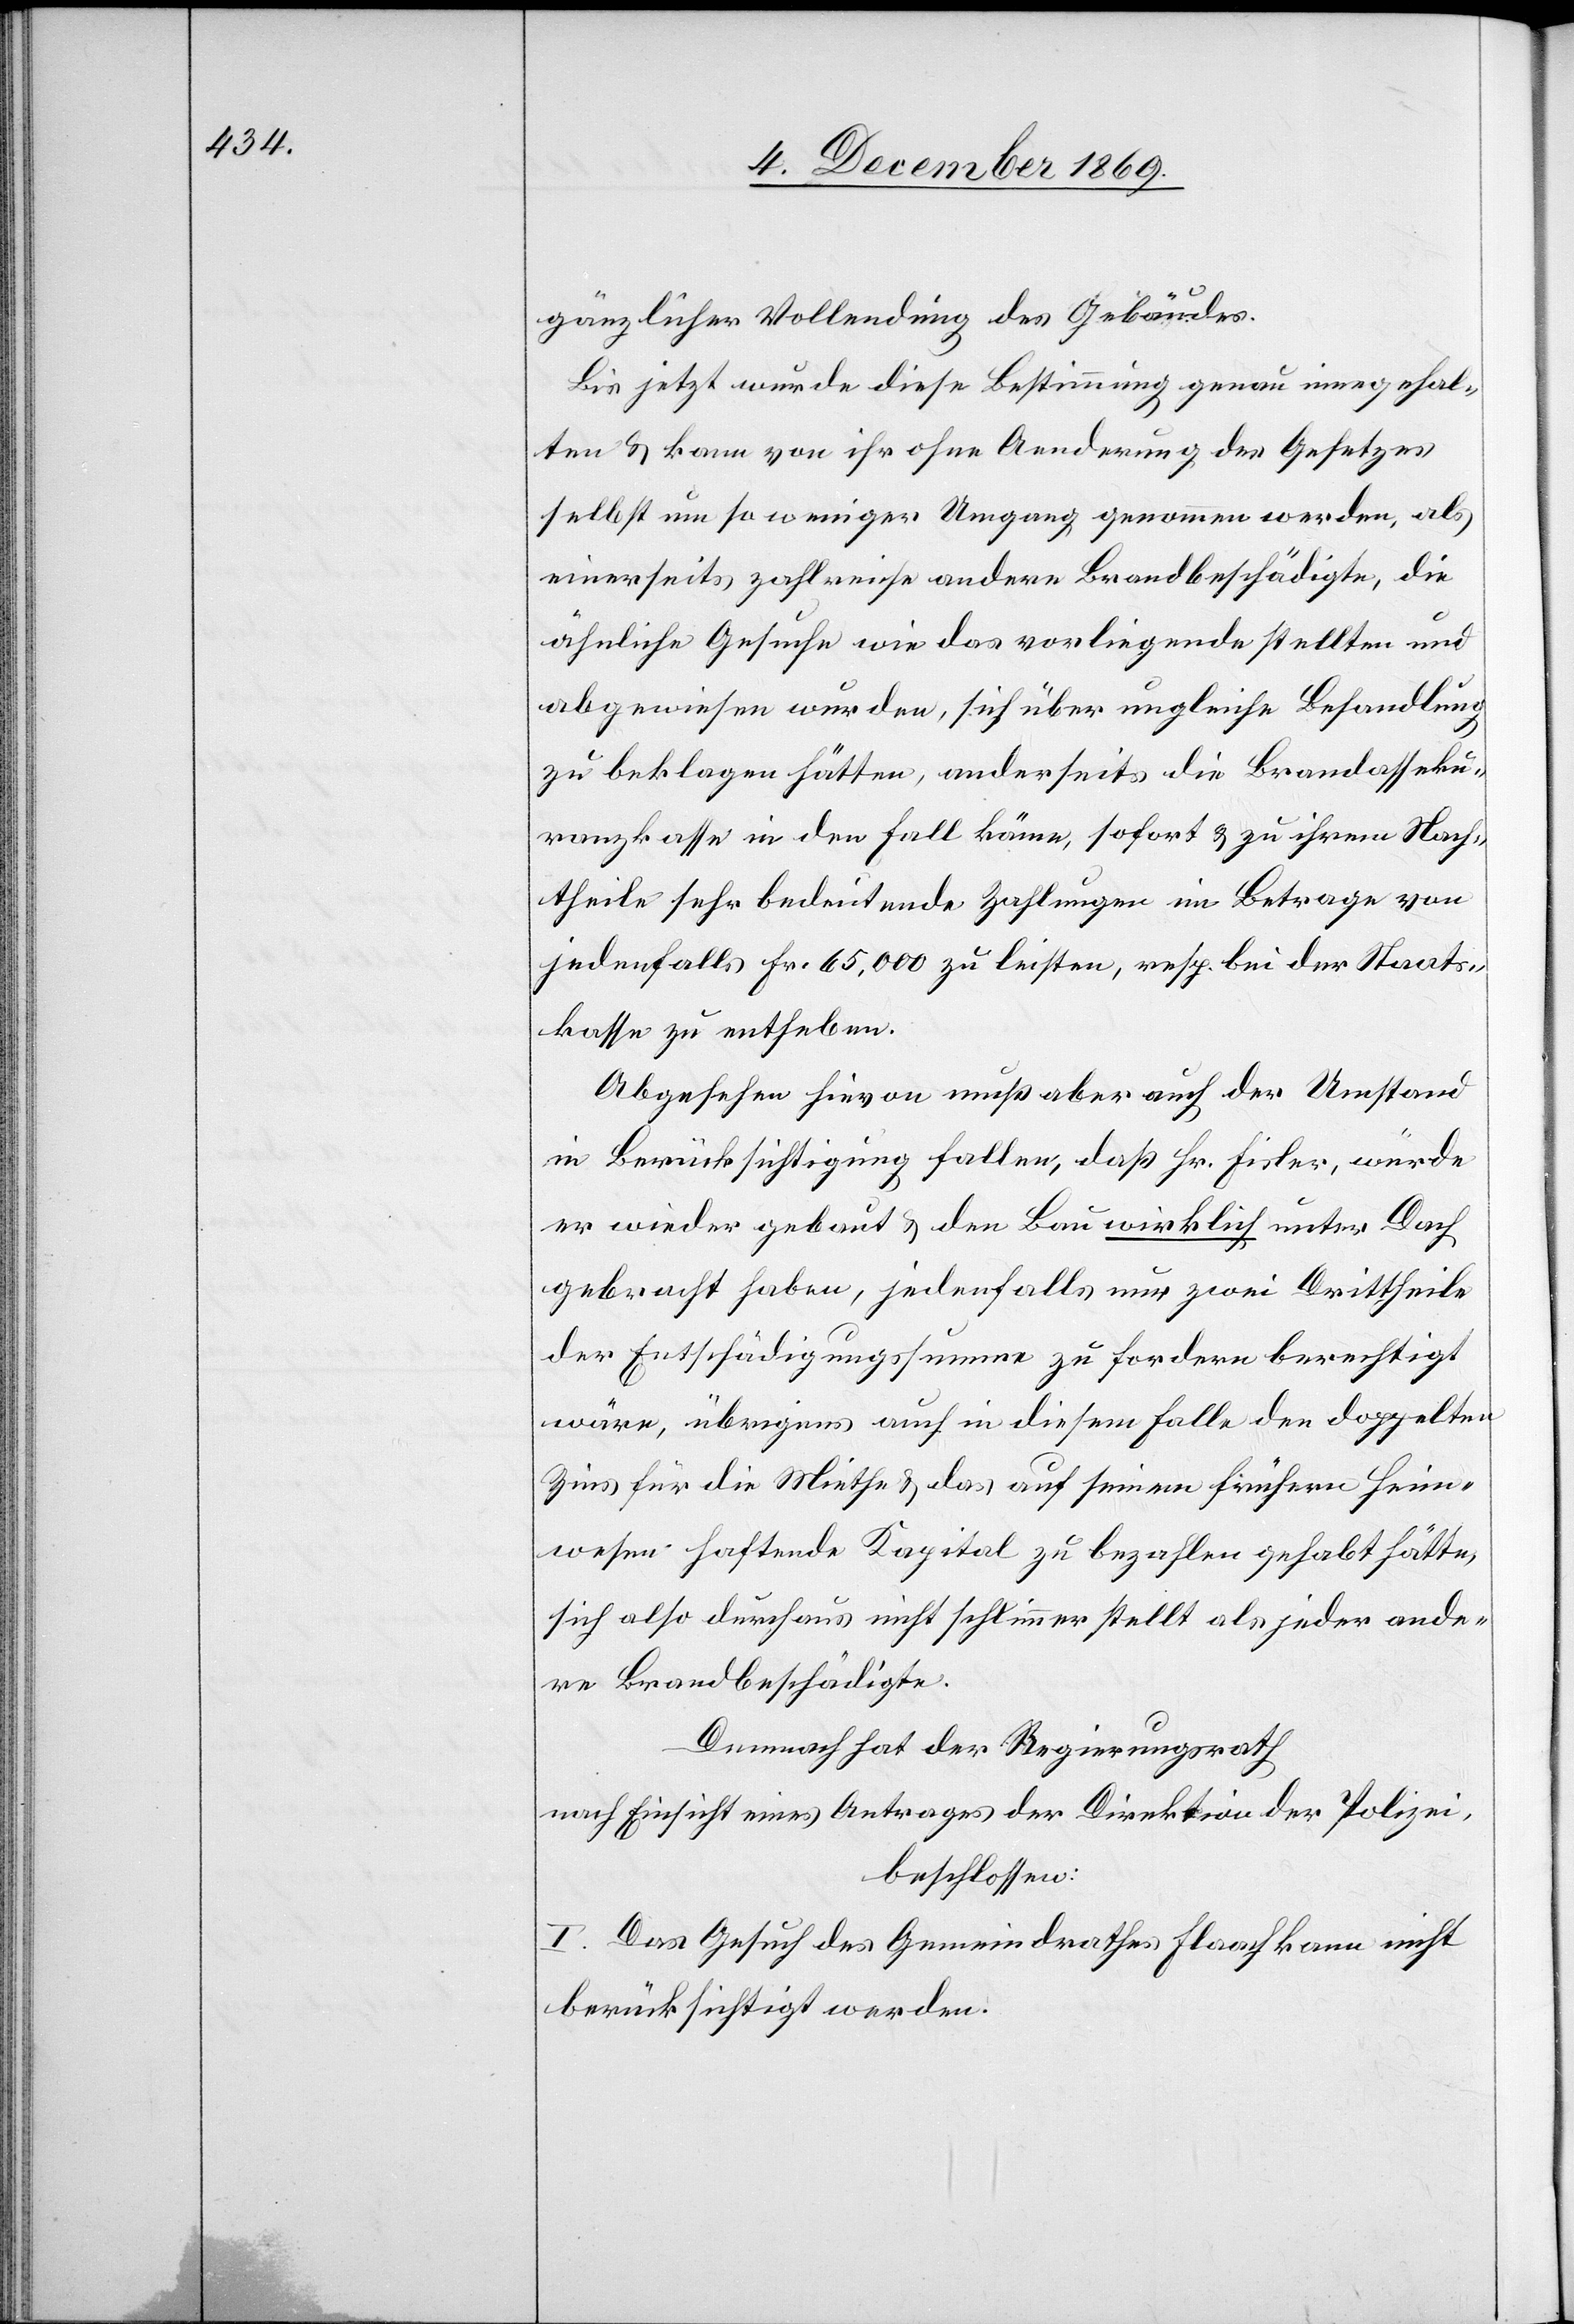
gänzlicher Vollendung des Gebäudes.
Bis jetzt wurde diese Bestimmung genau innegehal¬
ten & kann von ihr ohne Aenderung des Gesetzes
selbst um so weniger Umgang genommen werden, als
einerseits zahlreiche andere Brandbeschädigte, die
ähnliche Gesuche wie das vorliegende stellten und
abgewiesen wurden, sich über ungleiche Behandlung
zu beklagen hätten, anderseits die Brandasseku¬
ranzkasse in den Fall käme, sofort & zu ihrem Nach¬
theile sehr bedeutende Zahlungen im Betrage von
jedenfalls Fr. 65,000 zu leisten, resp. bei der Staats¬
kasse zu entheben.
Abgesehen hievon muß aber auch der Umstand
in Berücksichtigung fallen, daß Hr. Fisler, würde
er wieder gebaut & den Bau wirklich unter Dach
gebracht haben, jedenfalls nur zwei Drittheile
der Entschädigungssumme zu fordern berechtigt
wäre, übrigens auch in diesem Falle den doppelten
Zins für die Miethe & das auf seinem frühern Heim¬
wesen haftende Kapital zu bezahlen gehabt hätte,
sich also durchaus nicht schlimmer stellt als jeder ande¬
re Brandbeschädigte.
Demnach hat der Regierungsrath
nach Einsicht eines Antrages der Direktion der Polizei,
beschlossen:
I. Das Gesuch des Gemeindrathes Flaach kann nicht
berücksichtigt werden.